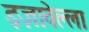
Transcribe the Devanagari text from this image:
इज़ावेल्ला